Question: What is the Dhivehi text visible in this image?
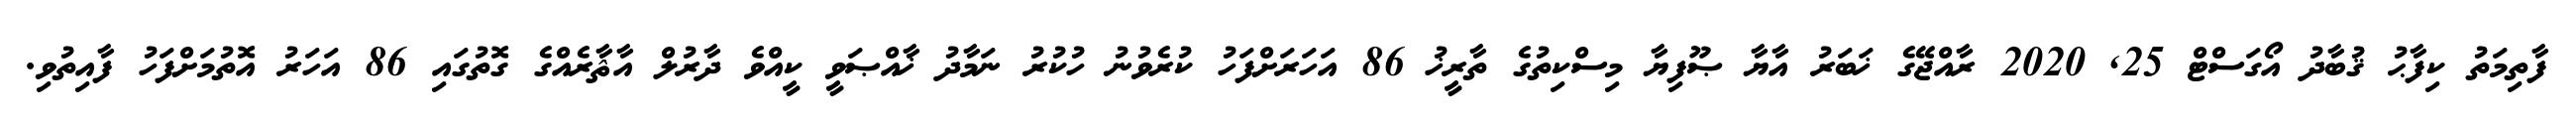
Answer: ފާތިމަތު ކިފާޙު ޤުބާދު އޯގަސްޓް 25, 2020 ރާއްޖޭގެ ޚަބަރު އާޔާ ޞޫފިޔާ މިސްކިތުގެ ތާރީޚު 86 އަހަރަށްފަހު ކުރެވުނު ހުކުރު ނަމާދު ޚާއްޞަވީ ކީއްވެ ދާރުލް އާޘާރެއްގެ ގޮތުގައި 86 އަހަރު އޮތުމަށްފަހު ފާއިތުވި.